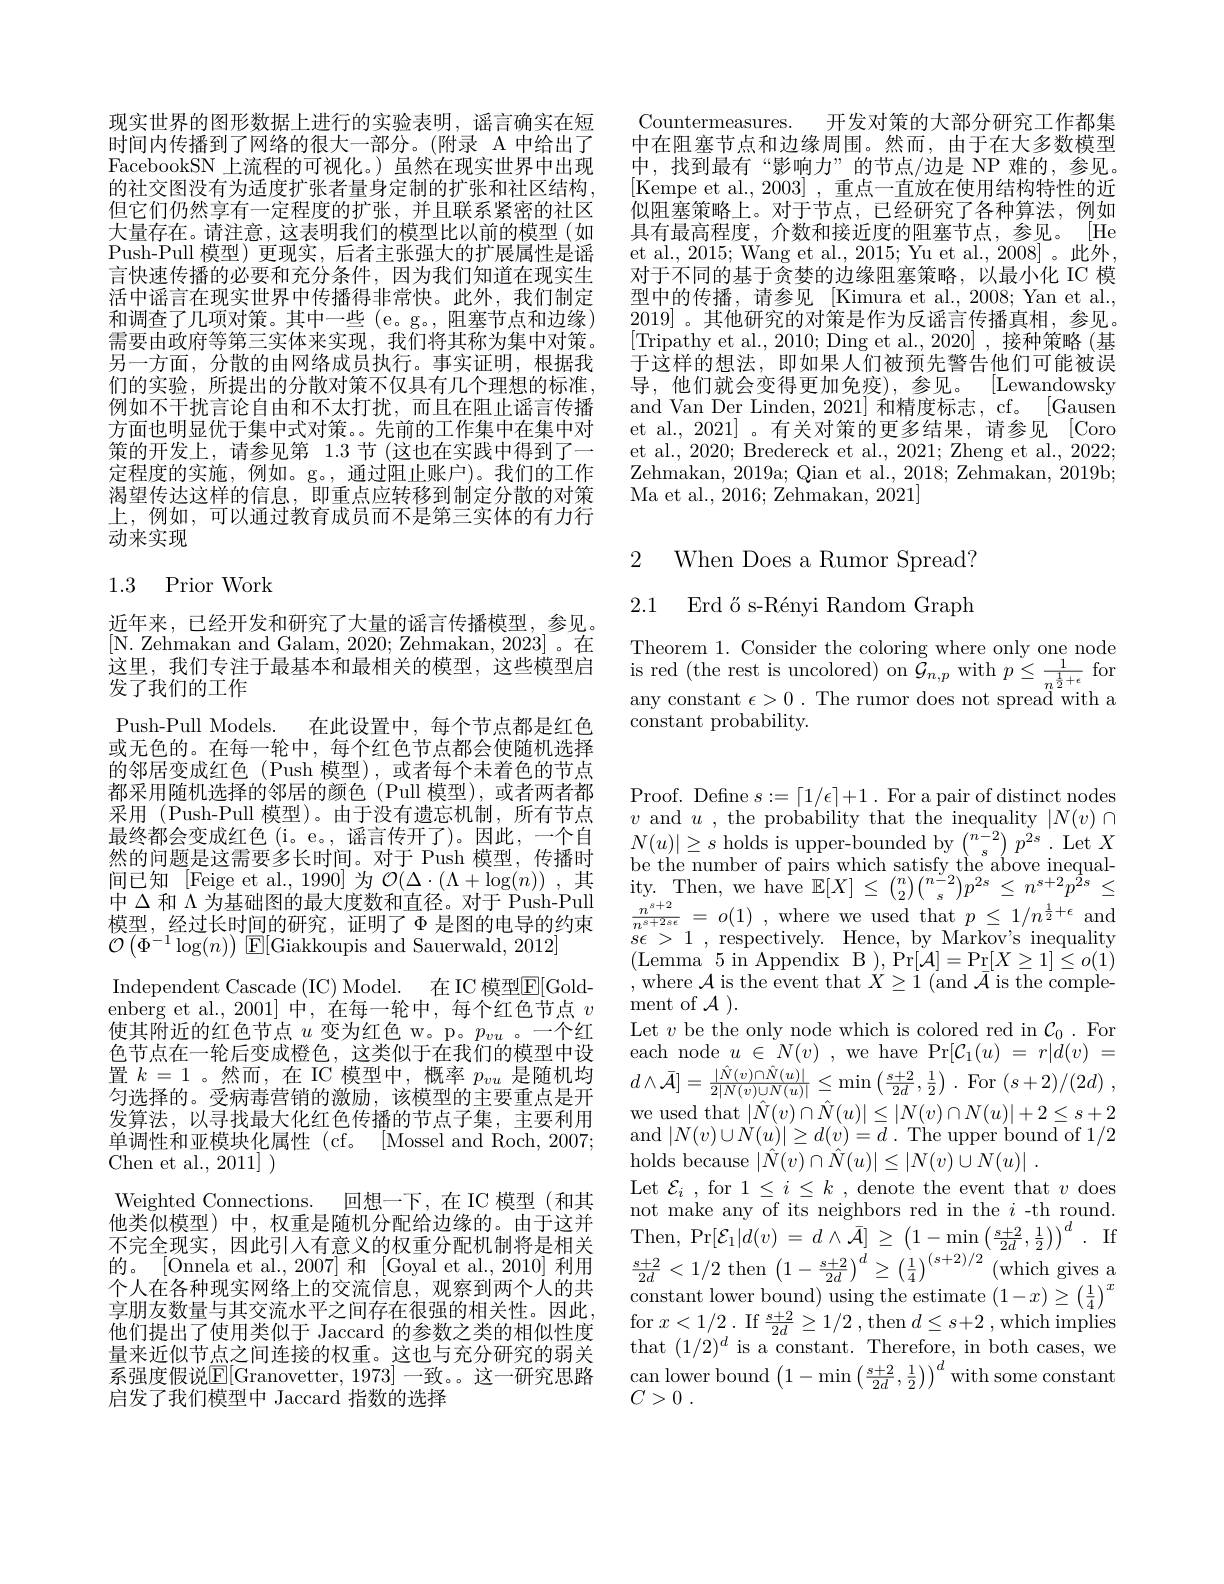
现实世界的图形数据上进行的实验表明，谣言确实在短时间内传播到了网络的很大一部分。(附录 A 中给出了FacebookSN 上流程的可视化。)虽然在现实世界中出现的社交图没有为适度扩张者量身定制的扩张和社区结构但它们仍然享有一定程度的扩张，并且联系紧密的社区大量存在。请注意，这表明我们的模型比以前的模型(如Push-Pull 模型)更现实，后者主张强大的扩展属性是谣言快速传播的必要和充分条件，因为我们知道在现实生活中谣言在现实世界中传播得非常快。此外，我们制定和调查了几项对策。其中一些 (e。g。, 阻塞节点和边缘) 需要由政府等第三实体来实现，我们将其称为集中对策。另一方面，分散的由网络成员执行。事实证明，根据我们的实验，所提出的分散对策不仅具有几个理想的标准， 例如不干扰言论自由和不太打扰，而且在阻止谣言传播方面也明显优于集中式对策。。先前的工作集中在集中对策的开发上，请参见第 1.3 节 (这也在实践中得到了一定程度的实施，例如。g。,通过阻止账户)。我们的工作渴望传达这样的信息，即重点应转移到制定分散的对策上，例如，可以通过教育成员而不是第三实体的有力行动来实现

### 1.3 Prior Work

近年来，已经开发和研究了大量的谣言传播模型，参见。[N. Zehmakan and Galam, 2020; Zehmakan, 2023]。在这里，我们专注于最基本和最相关的模型，这些模型启发了我们的工作
Push-Pull Models. 在此设置中，每个节点都是红色或无色的。在每一轮中，每个红色节点都会使随机选择的邻居变成红色(Push 模型),或者每个未着色的节点都采用随机选择的邻居的颜色(Pull 模型),或者两者都采用 (Push-Pull 模型)。由于没有遗忘机制，所有节点最终都会变成红色(i。e。,谣言传开了)。因此，一个自然的问题是这需要多长时间。对于 Push 模型，传播时间已知 [Feige et al., 1990] 为$\mathcal{O}(\Delta\cdot(\Lambda+\log(n))$ ,其间 已 知 [ Feige et al, 1990] 为 $\mathcal{O} ( \Delta \cdot ( \Lambda + \log ( n) ) )$ ,其 ity. Then, we have $\mathbb{E} [ X] \leq \binom n2\binom {n^{- 2}}sp^{2s}\leq n^{s+ 2}p^{2s}\leq$ 中 $\Delta$和 $\Lambda$为 基 础 图 的 最 大 度 数 和 直 径 。对 于 Push- Pull $\frac {n^{s+ 2}}{n^{s+ 2s\epsilon }}= o( 1)$ ,where we used that $p\leq 1/ n^{\frac 12+ \epsilon }$ and 模 型 , 经 过 长 时 间 的 研 究 , 证 明 了 $\Phi$是 图 的 电 导 的 约
$\mathcal{O}\left(\Phi^{-1}\log(n)\right)$E[Giakkoupis and Sauerwald, 2012]
Independent Cascade (IC) Model. 在 IC 模型$\overline{\mathrm{E}}[$Goldenberg et al., 2001] 中，在每一轮中，每个红色节点$v$ 使其附近的红色节点$u$变为红色 w。p。$p_vu$ 。一个红色节点在一轮后变成橙色，这类似于在我们的模型中设置$k=1$。然而，在 IC 模型中，概率$p_vu$是随机均匀选择的。受病毒营销的激励，该模型的主要重点是开发算法，以寻找最大化红色传播的节点子集，主要利用单调性和亚模块化属性 (cf。[Mossel and Roch, 2007; Chen et al., 2011] )
Weighted Connections.
回想一下，在 IC 模型(和其
他类似模型) 中，权重是随机分配给边缘的。由于这并不完全现实，因此引入有意义的权重分配机制将是相关的。[Onnela et al., 2007] 和[Goyal et al., 2010] 利用个人在各种现实网络上的交流信息，观察到两个人的共享朋友数量与其交流水平之间存在很强的相关性。因此他们提出了使用类似于 Jaccard 的参数之类的相似性度量来近似节点之间连接的权重。这也与充分研究的弱关系强度假说$\underline{\mathrm{E}}[$Granovetter, 1973]一致。这一研究思路启发了我们模型中 Jaccard 指数的选择

Countermeasures. 开发对策的大部分研究工作都集中在阻塞节点和边缘周围。然而，由于在大多数模型中，找到最有“影响力”的节点/边是 NP 难的，参见。[Kempe et al., 2003] , 重点一直放在使用结构特性的近似阻塞策略上。对于节点，已经研究了各种算法，例如具有最高程度，介数和接近度的阻塞节点，参见。[He et al., 2015; Wang et al., 2015; Yu et al., 2008]。此外， 对于不同的基于贪婪的边缘阻塞策略，以最小化 IC 模型中的传播，请参见[Kimura et al.,2008; Yan et al., 2019]。其他研究的对策是作为反谣言传播真相，参见。[Tripathy et al., 2010; Ding et al., 2020] , 接种策略(基$\bar{\text{于这样的想法，即如果人们被预先警告他们可能被误}}$ 导，他们就会变得更加免疫),参见。[Lewandowsky and Van Der Linden, 2021] 和精度标志，cf。[Gausen et al., 2021] 。有关对策的更多结果，请参见 [Coro et al., 2020; Bredereck et al., 2021; Zheng et al., 2022; Zehmakan, 2019a; Qian et al., 2018; Zehmakan, 2019b; Ma et al. , 2016; Zehmakan, 2021]

2 When Does a Rumor Spread?

2.1 Erd ős-Rényi Random Graph

Theorem 1. Consider the coloring where only one node $\begin{array}{l}\mathrm{is~red~(the~rest~is~uncolored)~on~}\stackrel{G}{\mathcal G}_{n,p}~\mathrm{with~}p\leq\frac{1}{n^{\frac{1}{2}+\epsilon}}~\mathrm{for}\\\mathrm{any~constant~}\epsilon>0~.~\mathrm{The~rumor~does~not~spread~with~a}\end{array}$ constant probability.

Proof. Define $s:=\lceil1/\epsilon\rceil+1.$ For a pair of distinct nodes $\begin{array}{l}v\mathrm{~and~}u\mathrm{~,~the~probability~that~the~inequality~}|N(v)\cap\\N(u)|\geq s\mathrm{~holds~is~upper-bounded~by~}\binom{n-2}sp^{2s}.\mathrm{~Let~}X\\\text{be the number of pairs which satisfy the above inequal-}\end{array}$ $s\epsilon>1~,~$respectively. Hence, by Markov's inequality $\begin{array}{l}{(\mathrm{Lemma~}5\mathrm{~in~Appendix~B~}),\mathrm{Pr}[\mathcal{A}]=\mathrm{Pr}[X\geq1]\leq o(1)}\\{,\mathrm{where~}\mathcal{A~is~the~event~that~}X\geq1\pmod{\mathcal{A}}\mathrm{~is~the~comple-}}\end{array}$ ment of $\mathcal{A}).$
Let $v$ be the only node which is colored red in $\mathcal{C}_0.$ For each node $u\in N(v)$ , we have Pr$[\mathcal{C}_1(u)~=~r|d(v)~=$ $d\wedge\bar{\mathcal{A}}]=\frac{|\hat{N}(v)\cap\hat{N}(u)|}{2|N(v)\cup N(u)|}\leq\operatorname*{min}\left(\frac{s+2}{2d},\frac{1}{2}\right).$For$(s+2)/(2d)$ $\begin{array}{l}\text{we used that }|\hat{N}(v)\cap\hat{N}(u)|\leq|N(v)\cap N(u)|+2\leq s+2\\\text{and }|N(v)\cup N(u)|\geq d(v)=d.\text{ The upper bound of }1/2\end{array}$ holds because $| \hat{N} ( v) \cap \hat{N} ( u) | \leq | N( v) \cup N( u) |$ .
Let $\mathcal{E}_i$ , for $1\leq i\leq k$ , denote the event that $v$ does not make any of its neighbors red in the $i$-th round. Then, Pr$[ \mathcal{E} _1| d( v)$ = $d\wedge \bar{\mathcal{A} } ]$ $\geq$ $\left ( 1- \min \left ( \frac {s+ 2}{2d}, \frac 12\right ) \right ) ^d$ . If $\frac{s+2}{2d}<1/2$ then$\left(1-\frac{s+2}{2d}\right)^{d}\geq\left(\frac14\right)^{(s+2)/2}($which gives a constant lower bound) using the estimate $(1-x)\geq\left(\frac{1}{4}\right)^{x}$ for $x<1/2.$ If $\frac{s+2}{2d}\geq1/2$ , then $d\leq s+2$ , which implies that $(1/2)^d$ is a constant. Therefore, in both cases, we $\begin{array}{l}{\mathrm{can~lower~bound~}}\left(1-\min\left(\frac{s+2}{2d},\frac{1}{2}\right)\right)^{d}\mathrm{with~some~constant}\\{C>0}\end{array}$ $C> 0$ .